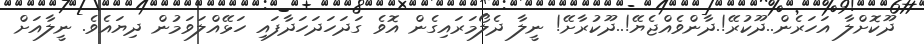
ދޫކޮށްލާ އަހަރެން..ދޫކުރޭ!.ދާންވެއްޖެޔޭ!..ދޫކުރާށޭ! ނީލާ ދެލޯމަރައިގެން އޮވެ ގަދަހަދަހަދާފައި ހަޅޭއްލަވަމުން ދިޔައެވެ. ނީލާއަށް